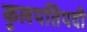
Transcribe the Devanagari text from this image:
कुलपतिपदी